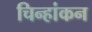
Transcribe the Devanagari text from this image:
चिन्हांकन